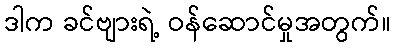
ဒါက ခင်ဗျားရဲ့ ဝန်ဆောင်မှုအတွက်။